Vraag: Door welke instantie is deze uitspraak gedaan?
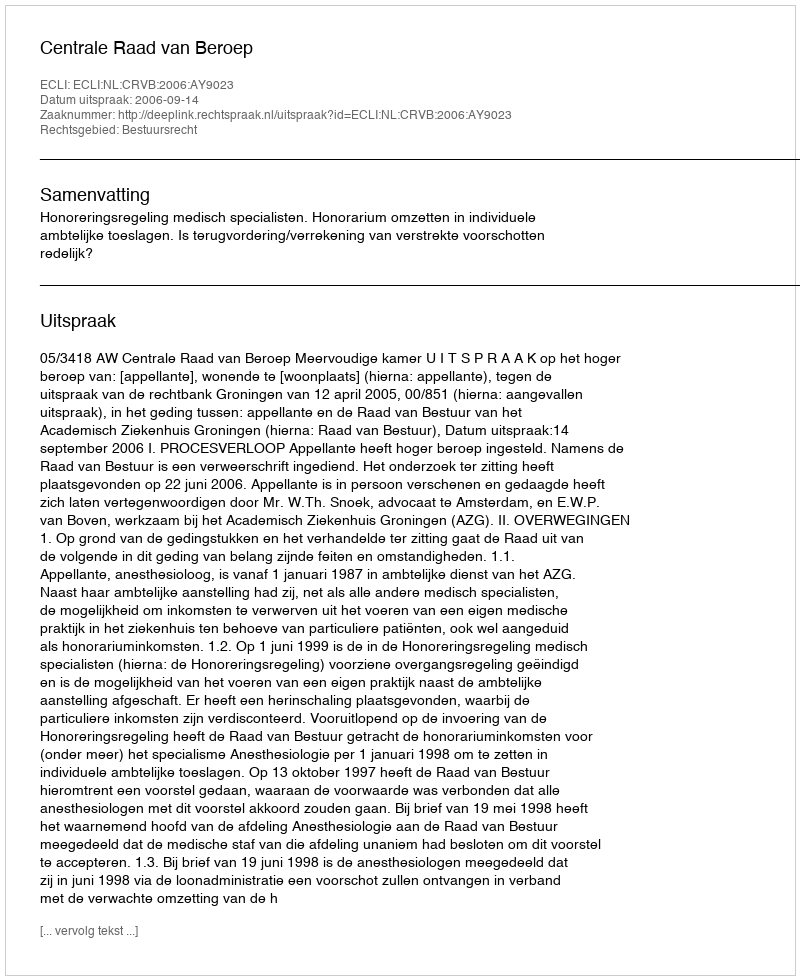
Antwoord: Centrale Raad van Beroep